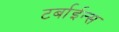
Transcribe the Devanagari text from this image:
टर्बाईन्स